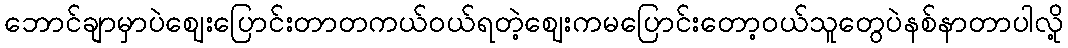
ဘောင်ချာမှာပဲဈေးပြောင်းတာတကယ်ဝယ်ရတဲ့ဈေးကမပြောင်းတော့ဝယ်သူတွေပဲနစ်နာတာပါလို့